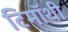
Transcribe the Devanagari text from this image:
टिमॉथी